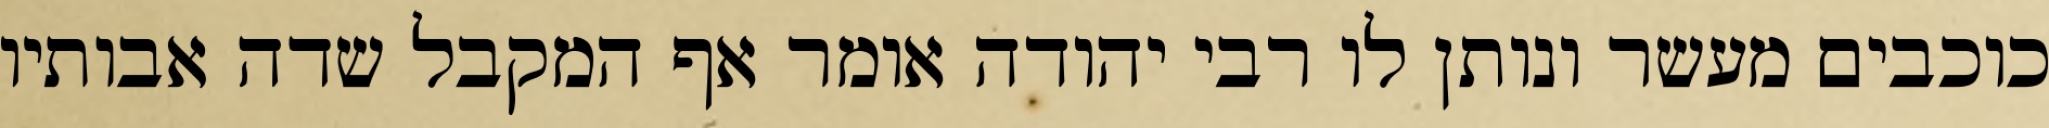
כוכבים מעשר ונותן לו רבי יהודה אומר אף המקבל שדה אבותיו